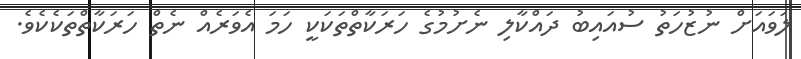
ލަވައަށް ނުޒުހަތު ސުއައިބު ދައްކާލި ނެށުމުގެ ހަރަކާތްތަކަކީ ހަމަ އެވަރެއް ނެތް ހަރަކާތްތަކެކެވެ.